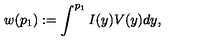
w ( p _ { 1 } ) : = \int ^ { p _ { 1 } } I ( y ) V ( y ) d y ,